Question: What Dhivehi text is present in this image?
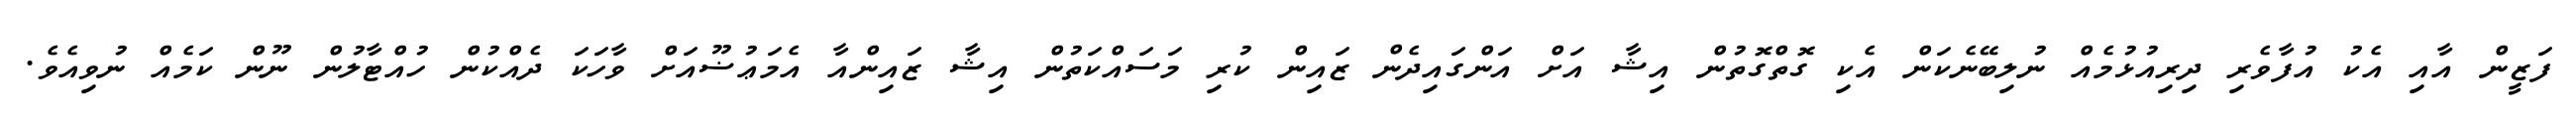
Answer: ފަޒީން އާއި އެކު އުފާވެރި ދިރިއުޅުމެއް ނުލިބޭނެކަން އެކި ގޮތްގޮތުން އިޝާ އަށް އަންގައިދެން ޒައިން ކުރި މަސައްކަތުން އިޝާ ޒައިންއާ އެމަޢުޟޫއަށް ވާހަކަ ދެއްކުން ހުއްޓާލުން ނޫން ކަމެއް ނުވިއެވެ.